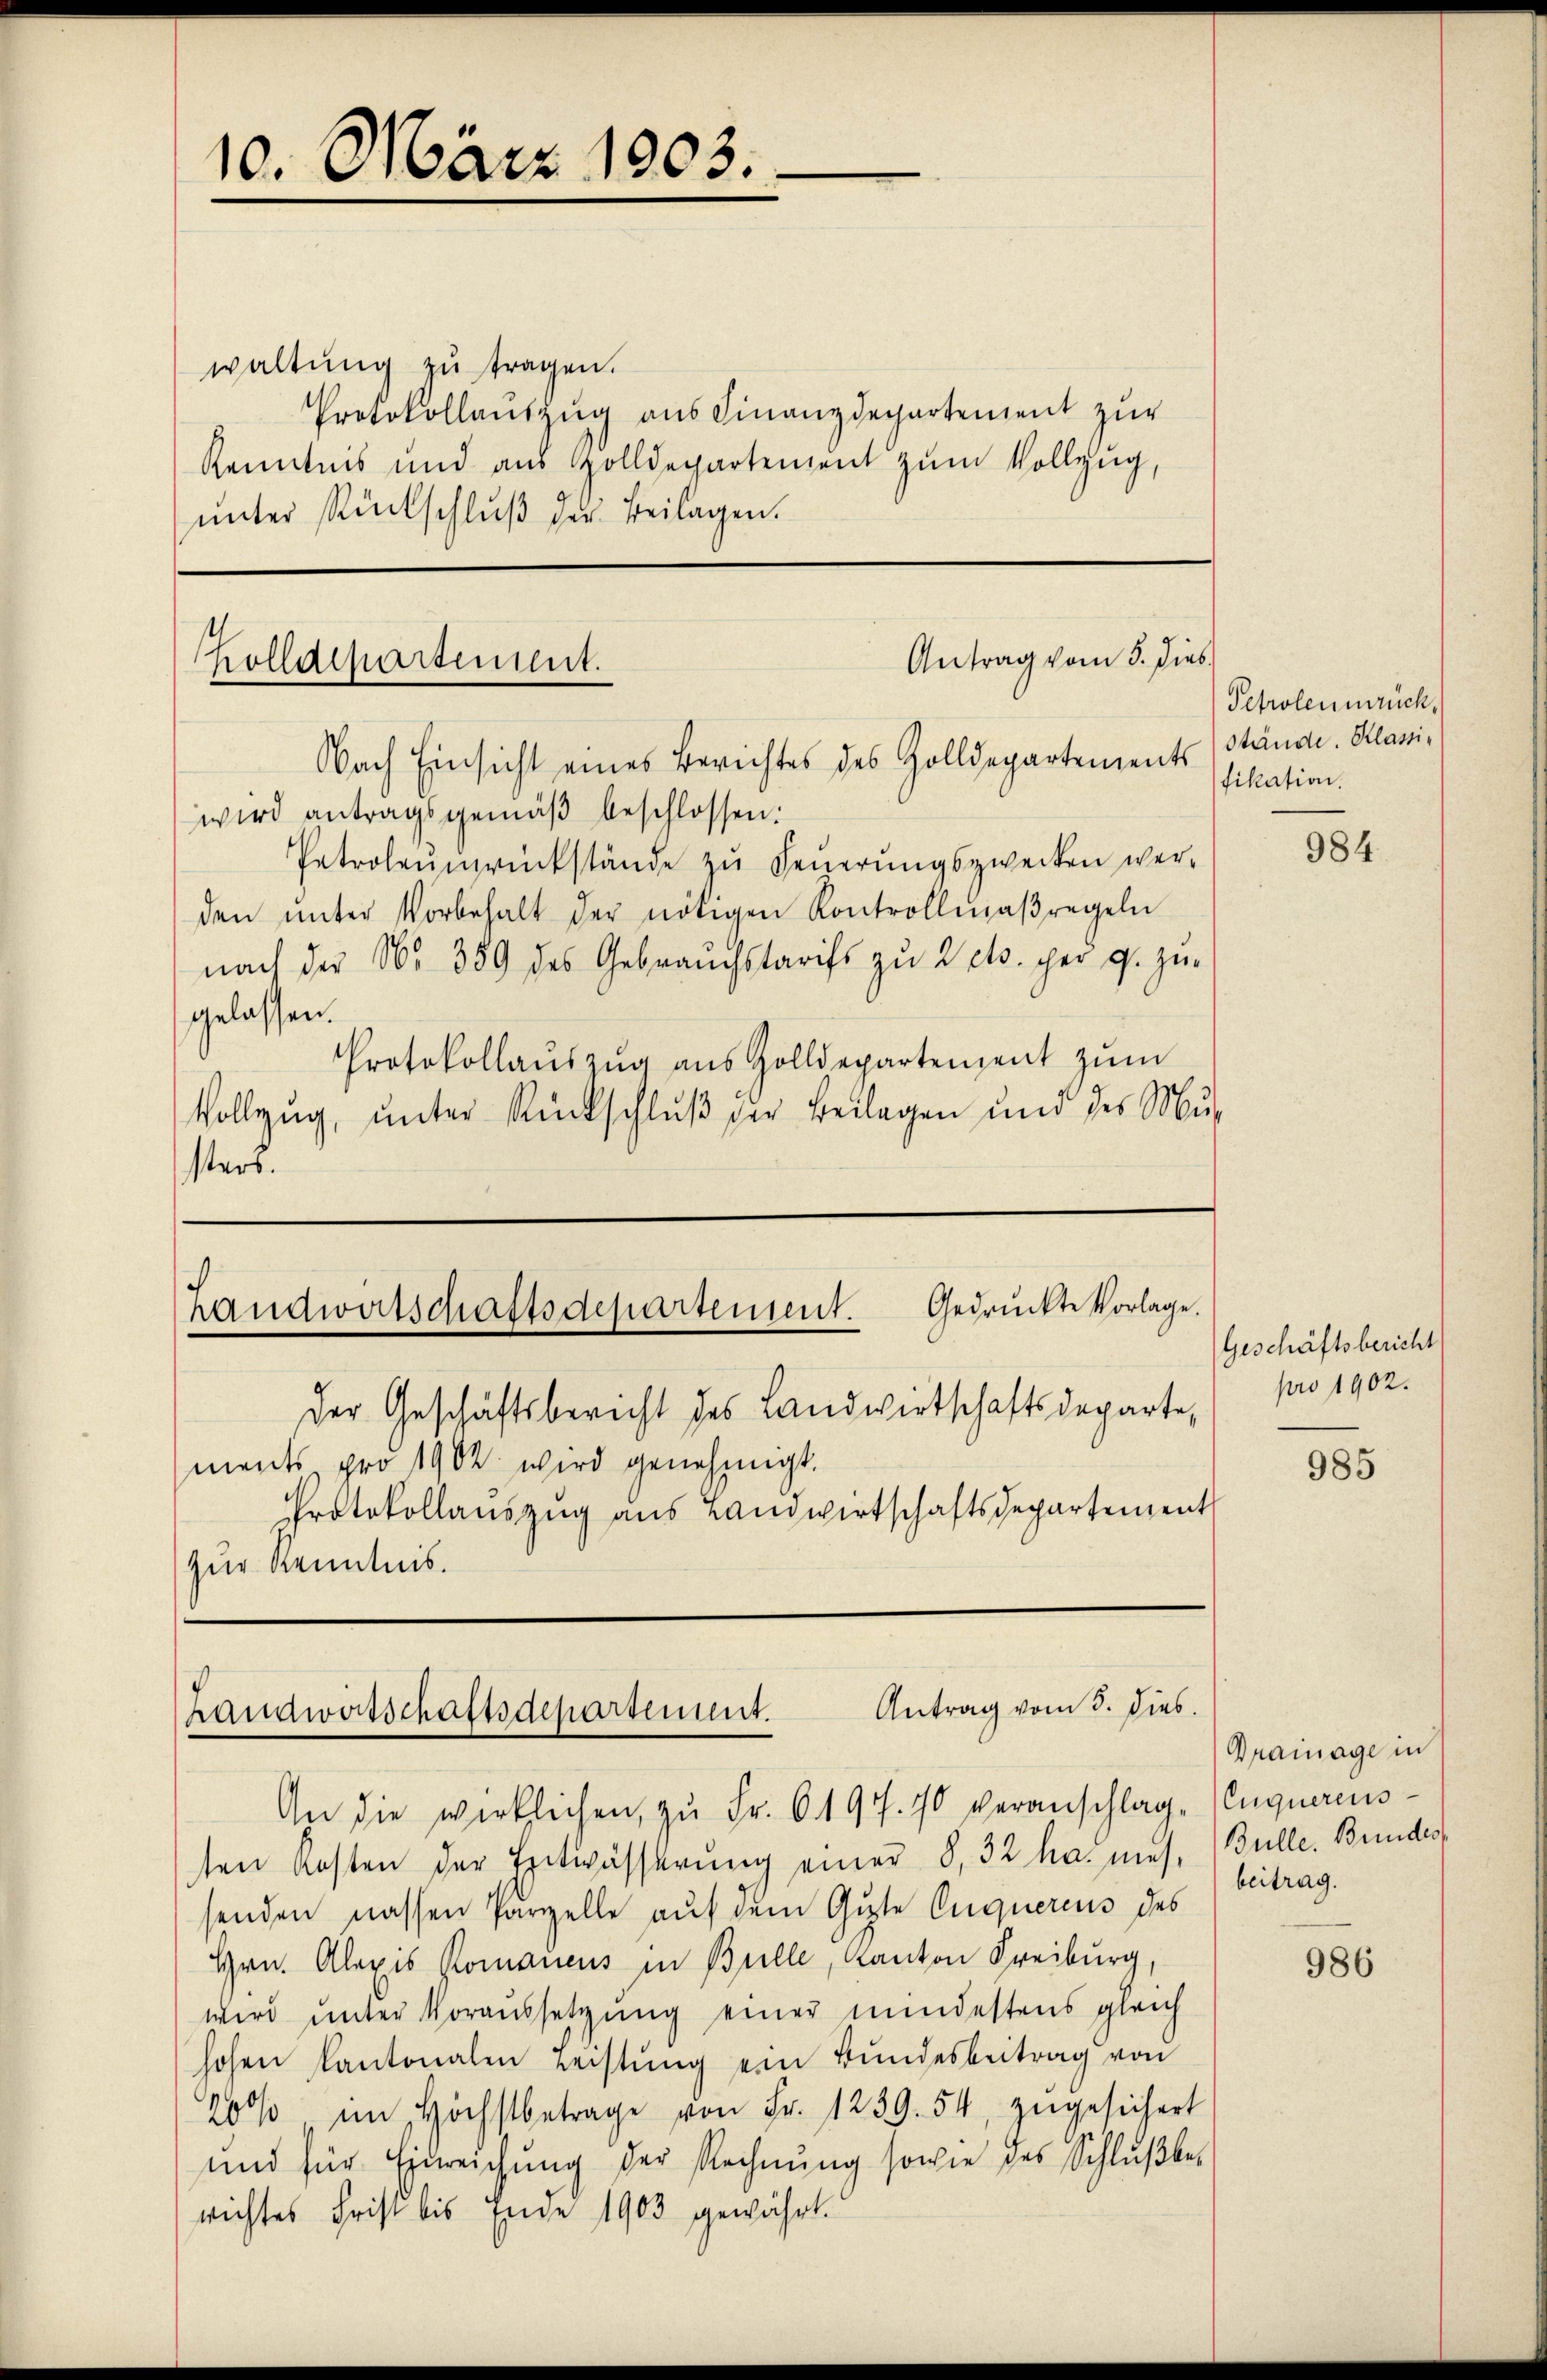
10. März 1903.

waltŭng zŭ tragen.
Protokollauszug aus Finanzdepartement zur
Kenntnis und aus Zolldepartement zum Vollzug,
ŭnter Rückschluß der Beilagen.

Antrag vom 5. dies
Zolldepartement.
Nach Einsicht eines Berichtes des Zolldepartements (Stände. Klani¬

wird antragsgemäβ beschlossen:
Petroleŭnrückstände zŭ Feŭerŭngszwecken wer-
den ŭnter Vorbehalt der nötigen Kontrollmaβregeln
nach der No 359 des Gebrauchstarifs zu 2 cts. per p. zŭ-
gelassen.
Protokollaŭszŭg aŭs Zolldepartenzent zŭm
Vollzug, unter Rückschluß der Beilagen und des Musters.

ch
handwirtschaftsdepartement. Gedrückte Vorlage.

Der Geschäftsbericht des Landwirtschaftsdeparte,
ments pro 1902 wird genehmigt.
Protokollaŭszŭg aŭs Landwirtschaftsdepartement
zur Kenntnis.

Antrag vom 5. Dies
Landwirtschaftsdepartement.
An die wirklichen, zu Fr. 6194. 90 veranschlag-Enquerens¬

ten Kosten der Entwässerung einer 8, 32 ha mes. Bulle. Bundes
senden nassen Parzelle auf dem Gute Auguercus des
Hrn. Alexis Romanens in Bulle, Kanton Freiburg,
wird unter Voraussetzung einer mindestens gleich
hohen Kantonalen Leistŭng ein Bŭndesbeitrag von
20/, im Höchstbetrage von Fr. 1239. 54, zŭgesichert
und für Einreichŭng der Rechnŭng sowie des Schlŭβbe-
richtes Frist bis Ende 1903 gewährt.

Petroleumrüch
fikation.

984

Geschäftsbericht
pro 1902.

985

Drainage in
beitrag.

986